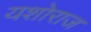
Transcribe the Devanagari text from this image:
यशोराज